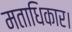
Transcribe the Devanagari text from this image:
मताधिकार।